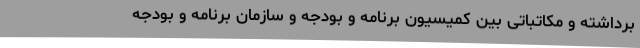
برداشته و مکاتباتی بین کمیسیون برنامه و بودجه و سازمان برنامه و بودجه